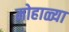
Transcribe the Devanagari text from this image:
मोहाळ्या